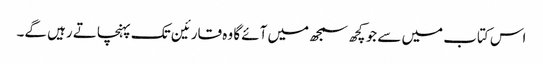
اس کتاب میں سے جو کچھ سمجھ میں آئے گا وہ قارئین تک پہنچاتے رہیں گے۔